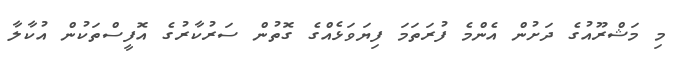
މި މަޝްރޫއުގެ ދަށުން އެންމެ ފުރަތަމަ ފިޔަވަޅެއްގެ ގޮތުން ސަރުކާރުގެ އޮފީސްތަކުން އުކާލާ